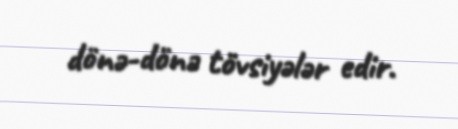
dönə-dönə tövsiyələr edir.